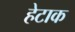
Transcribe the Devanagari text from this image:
हेटाक